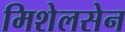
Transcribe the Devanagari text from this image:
मिशेलसेन